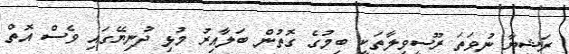
ރަޝިޔާ ނުވަތަ ރޫސީވިލާތަކީ ބިމުގެ ގޮތުން ބަލާއިރު މުޅި ދުނިޔޭގައި ވެސް އޮތް